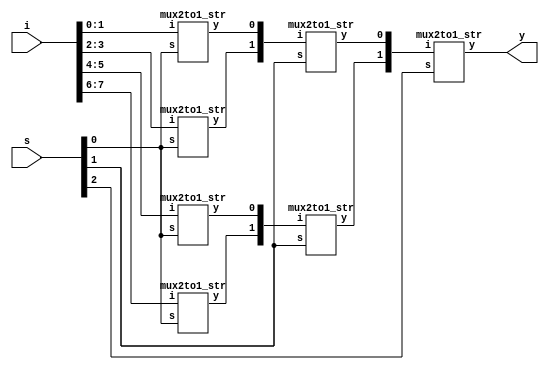
module mux_8to1_str(i,s,y
    );
	 input [7:0]i;
	 input [2:0]s;
	 output y;
	 wire [6:1]w;
	 mux2to1_str n1(i[1:0],s[0],w[1]);
	 mux2to1_str n2(i[3:2],s[0],w[2]);
	 mux2to1_str n3(i[5:4],s[0],w[3]);
	 mux2to1_str n4(i[7:6],s[0],w[4]);
	 mux2to1_str n5(w[2:1],s[1],w[5]);
	 mux2to1_str n6(w[4:3],s[1],w[6]);
	 mux2to1_str n7(w[6:5],s[2],y);
endmodule
module mux2to1_str(i,s,y
    );
	 input s;
	 input [1:0]i;
	 output y;
	 wire w1,w2,w3;
	 //y=s'i0+si1;
	 not i1(w1,s);
	 and i2(w2,w1,i[0]);
	 and i3(w3,s,i[1]);
	 or i4(y,w2,w3);
endmodule
module mux_8to1_str_tb;

	// Inputs
	reg [7:0] i;
	reg [2:0] s;

	// Outputs
	wire y;

	// Instantiate the Design Under Test (DUT)
	mux_8to1_str dut (i,s,y
	);

	initial begin
		// Initialize Inputs
		s=3'b000;i=8'b00000001;#100;
		s=3'b001;i=8'b00000010;#100;
		s=3'b010;i=8'b00000100;#100;
		s=3'b011;i=8'b00001000;#100;
		s=3'b100;i=8'b00010000;#100;
		s=3'b101;i=8'b00100000;#100;
		s=3'b110;i=8'b01000000;#100;
		s=3'b111;i=8'b10000000;#100;
		s=3'b000;i=8'b11111110;#100;
		s=3'b001;i=8'b11111101;#100;
		s=3'b010;i=8'b11111011;#100;
		s=3'b011;i=8'b11110111;#100;
		s=3'b100;i=8'b11101111;#100;
		s=3'b101;i=8'b11011111;#100;
		s=3'b110;i=8'b10111111;#100;
		s=3'b111;i=8'b01111111;#100;

	end
      
endmodule